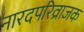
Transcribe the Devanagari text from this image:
नारदपरिव्राजक